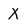
Character: X